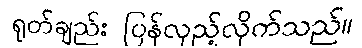
ရုတ်ချည်း ပြန်လှည့်လိုက်သည်။